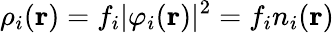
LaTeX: \rho_{i}(\mathbf{r})=f_{i}|\varphi_{i}(\mathbf{r})|^{2}=f_{i}n_{i}(\mathbf{r})